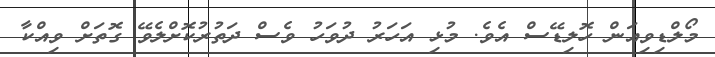
މޯލްޑިވިއަން ހޮލިޑޭސް އެވެ. މުޅި އަހަރު ދުވަހު ވެސް ދަތުރުކޮށްލެވޭ ގޮތަށް ވިއްކާ